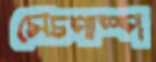
সেচপাস্প